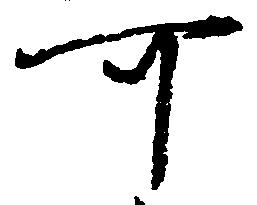
可